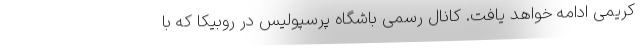
کریمی ادامه خواهد یافت. کانال رسمی باشگاه پرسپولیس در روبیکا که با